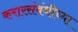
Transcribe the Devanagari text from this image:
करारसंबंधीच्या